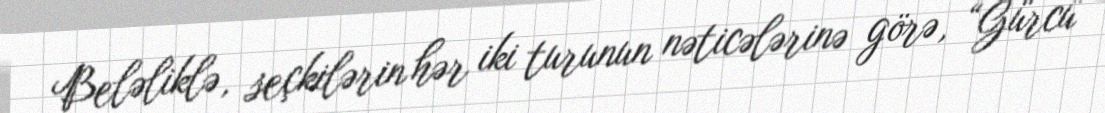
Beləliklə, seçkilərin hər iki turunun nəticələrinə görə, “Gürcü